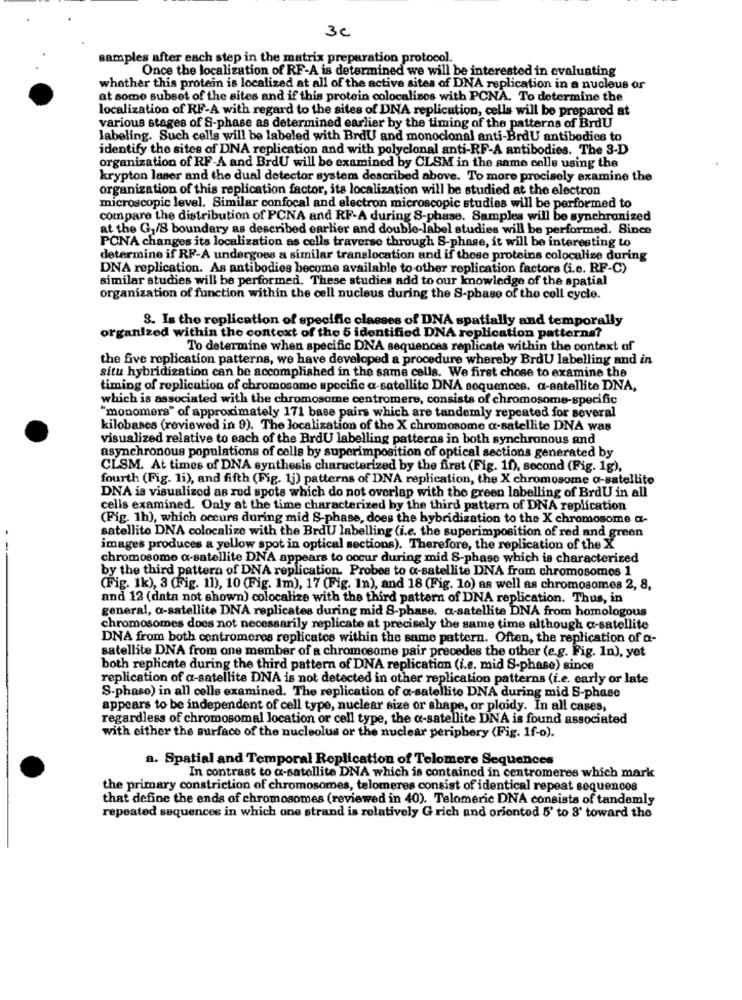
3C
samples after each step in the matrix preparation protocol.
Once the localization of RF-A is determined we will be interested in evaluating
whether this protein is localized at all of the active sites of DNA replication in a nucleus or
at some subset of the sites and if this protein colocalizes with PCNA. To determine the
localization of RF-A with regard to the sites of DNA replication, cells will be prepared at
various stages of S-phase as determined earlier by the timing of the patterns of BrdU
labeling. Such cells will be labeled with BrdU and monoclonal anti-BrdU antibodies to
identify the sites of DNA replication and with polyclonal anti-RF-A antibodies. The 3-D
organization of RF-A and BrdU will be examined by CLSM in the same celle using the
krypton laser and the dual detector system described above. To more precisely examine the
organization of this replication factor, its localization will be studied at the electron
microscopic level. Similar confocal and electron microscopic studies will be performed to
compare the distribution of PCNA and RF-A during S-phase. Samples will be synchronized
at the G,/S boundary as described earlier and double-label studies will be performed. Since
PONA changes its localization as cells traverse through S-phase, it will be interesting to
determine if RF-A undergoes a similar translocation and if these proteins colocalize during
DNA replication. As antibodies become available to other replication factors (i.e. RF-C)
similar studies will be performed. These studies add to our knowledge of the spatial
organization of function within the cell nucleus during the S-phase of the cell cycle.
3. Is the replication of specific classes of DNA spatially and temporally
organized within the context of the 5 identified DNA replication patterns?
To determine when specific DNA sequences replicate within the context of
the five replication patterns, we have developed a procedure whereby BrdU labelling and in
situ hybridization can be accomplished in the same cells. We first chose to examine the
timing of replication of chromosome specific a-satellite DNA sequences. a-satellite DNA,
which is associated with the chromosome centromere, consists of chromosome-specific
"monomers" of approximately 171 base pairs which are tandemly repeated for several
kilobases (reviewed in 9). The localization of the X chromosome a-satellite DNA was
visualized relative to each of the BrdU labelling patterns in both synchronous and
asynchronous populations of cells by superimposition of optical sections generated by
CLSM. At times of DNA synthesis characterized by the first (Fig. 10), second (Fig. 1g),
fourth (Fig. 1i), and fifth (Fig. 1j) patterns of DNA replication, the X chromosome a-satellite
DNA is visualized as red spots which do not overlap with the green labelling of BrdU in all
cells examined. Only at the time characterized by the third pattern of DNA replication
(Fig. 1h), which occurs during mid S-phase, does the hybridization to the X chromosome a-
satellite DNA colocalize with the BrdU labelling (i.e. the superimposition of red and green
images produces a yellow spot in optical sections). Therefore, the replication of the X
chromosome a-satellite DNA appears to occur during mid S-phase which is characterized
by the third pattern of DNA replication. Probes to a-satellite DNA from chromosomes 1
(Fig. 1k), 3 (Fig. 11), 10 (Fig. 1m), 17 (Fig. In), and 18 (Fig. 10) as well as chromosomes 2, 8,
and 12 (data not shown) colocalize with the third pattern of DNA replication. Thus, in
general, a-satellite DNA replicates during mid S-phase. a-satellite DNA from homologous
chromosomes does not necessarily replicate at precisely the same time although a-satellite
DNA from both centromeres replicates within the same pattern. Often, the replication of a-
satellite DNA from one member of a chromosome pair precedes the other (e.g. Fig. In), yet
both replicate during the third pattern of DNA replication (i.e. mid S-phase) since
replication of a-satellite DNA is not detected in other replication patterns (i.e. early or late
S-phase) in all celle examined. The replication of a-satellite DNA during mid S-phase
appears to be independent of cell type, nuclear size or shape, or ploidy. In all cases,
regardless of chromosomal location or cell type, the c-satellite DNA is found associated
with either the surface of the nucleolus or the nuclear periphery (Fig. 1f-o).
a. Spatial and Temporal Replication of Telomere Sequences
In contrast to a-satellite DNA which is contained in centromeres which mark
the primary constriction of chromosomes, telomeres consist of identical repeat sequences
that define the ends of chromosomes (reviewed in 40). Telomeric DNA consists of tandemly
repeated sequences in which one strand is relatively G rich and oriented 5' to 8' toward the